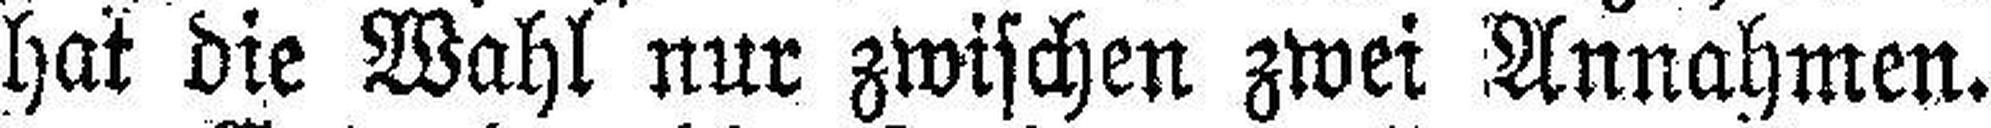
hat die Wahl nur zwischen zwei Annahmen.